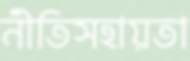
নীতিসহায়তা